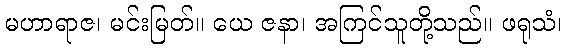
မဟာရာဇ၊ မင်းမြတ်။ ယေ ဇနာ၊ အကြင်သူတို့သည်။ ဖရုသံ၊